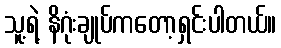
သူ့ရဲ့ နိဂုံးချုပ်ကတော့ရှင်းပါတယ်။